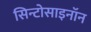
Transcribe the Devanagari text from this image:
सिन्टोसाइनॉन